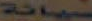
سبانة